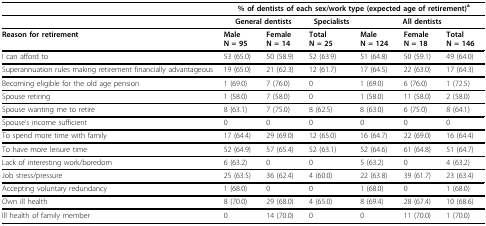
<table><thead><tr><td></td><td colspan="6"><b>% of dentists of each sex/work type (expected age of retirement)<sup>a</sup></b></td></tr></thead><tbody><tr><td></td><td colspan="2"><b>General dentists</b></td><td><b>Specialists</b></td><td colspan="3"><b>All dentists</b></td></tr><tr><td><b>Reason for retirement</b></td><td><b>Male</b><b>N = 95</b></td><td><b>Female</b><b>N = 14</b></td><td><b>Total</b><b>N = 25</b></td><td><b>Male</b><b>N = 124</b></td><td><b>Female</b><b>N = 18</b></td><td><b>Total</b><b>N = 146</b></td></tr><tr><td>I can afford to</td><td>53 (65.0)</td><td>50 (58.9)</td><td>52 (63.9)</td><td>51 (64.8)</td><td>50 (59.1)</td><td>49 (64.0)</td></tr><tr><td>Superannuation rules making retirement financially advantageous</td><td>19 (65.0)</td><td>21 (62.3)</td><td>12 (61.7)</td><td>17 (64.5)</td><td>22 (63.0)</td><td>17 (64.3)</td></tr><tr><td>Becoming eligible for the old age pension</td><td>1 (69.0)</td><td>7 (76.0)</td><td>0</td><td>1 (69.0)</td><td>6 (76.0)</td><td>1 (72.5)</td></tr><tr><td>Spouse retiring</td><td>1 (58.0)</td><td>7 (58.0)</td><td>0</td><td>1 (58.0)</td><td>11 (58.0)</td><td>2 (58.0)</td></tr><tr><td>Spouse wanting me to retire</td><td>8 (63.1)</td><td>7 (75.0)</td><td>8 (62.5)</td><td>8 (63.0)</td><td>6 (75.0)</td><td>8 (64.1)</td></tr><tr><td>Spouse&#x27;s income sufficient</td><td>0</td><td>0</td><td>0</td><td>0</td><td>0</td><td>0</td></tr><tr><td>To spend more time with family</td><td>17 (64.4)</td><td>29 (69.0)</td><td>12 (65.0)</td><td>16 (64.7)</td><td>22 (69.0)</td><td>16 (64.4)</td></tr><tr><td>To have more leisure time</td><td>52 (64.9)</td><td>57 (65.4)</td><td>52 (63.1)</td><td>52 (64.6)</td><td>61 (64.8)</td><td>51 (64.7)</td></tr><tr><td>Lack of interesting work/boredom</td><td>6 (63.2)</td><td>0</td><td>0</td><td>5 (63.2)</td><td>0</td><td>4 (63.2)</td></tr><tr><td>Job stress/pressure</td><td>25 (63.5)</td><td>36 (62.4)</td><td>4 (60.0)</td><td>22 (63.8)</td><td>39 (61.7)</td><td>23 (63.4)</td></tr><tr><td>Accepting voluntary redundancy</td><td>1 (68.0)</td><td>0</td><td>0</td><td>1 (68.0)</td><td>0</td><td>1 (68.0)</td></tr><tr><td>Own ill health</td><td>8 (70.0)</td><td>29 (68.0)</td><td>4 (65.0)</td><td>8 (69.4)</td><td>28 (67.4)</td><td>10 (68.6)</td></tr><tr><td>Ill health of family member</td><td>0</td><td>14 (70.0)</td><td>0</td><td>0</td><td>11 (70.0)</td><td>1 (70.0)</td></tr></tbody></table>